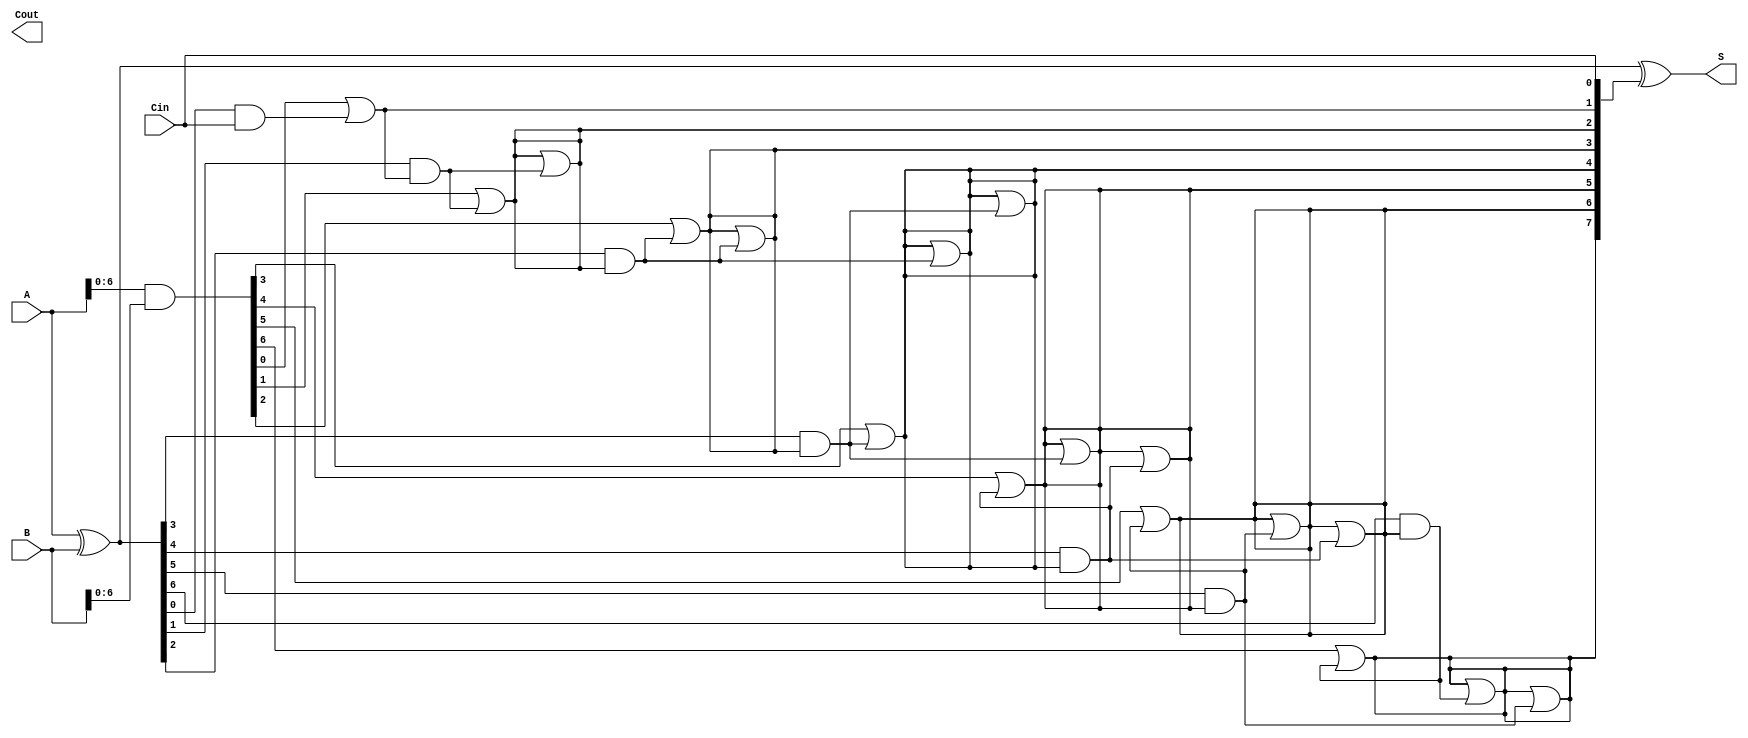
module brent_kung_adder #(parameter N = 8) (
    input [N-1:0] A,
    input [N-1:0] B,
    input Cin,
    output [N-1:0] S,
    output Cout
);

    // Generate and Propagate signals
    wire [N-1:0] G;
    wire [N-1:0] P;
    wire [N:0] C; // Extra bit for carry out

    // Generate and Propagate computation
    assign G = A & B;            // Generate
    assign P = A ^ B;            // Propagate

    // Initialize the carry signals
    assign C[0] = Cin;

    // Prefix computation for carry signals using a Brent-Kung tree
    genvar i, j;
    generate
        // Level 1
        for (i = 1; i < N; i = i + 1) begin: level_1
            assign C[i] = G[i-1] | (P[i-1] & C[i-1]);
        end
        
        // Additional levels (for larger N)
        for (j = 1; j <= $clog2(N); j = j + 1) begin: levels
            for (i = (1 << j); i < N; i = i + 1) begin: level
                if (i >= (1 << (j - 1))) begin
                    assign C[i] = C[i] | (P[i - (1 << (j - 1))] & C[i - (1 << (j - 1))]);
                end
            end
        end
    endgenerate

    // Sum computation using the carry signals
    assign S = P ^ C[N-1:0];

    // Final carry-out
    assign Cout = C[N];

endmodule